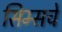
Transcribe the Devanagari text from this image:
सिम्सचे